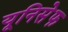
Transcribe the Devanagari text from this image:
यूनिसेेफ